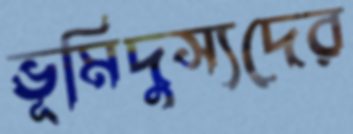
ভূমিদুস্যদের